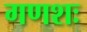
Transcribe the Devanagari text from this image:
गणशः